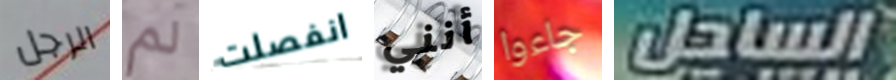
الرجل لم انفصلت أنني جاءوا الساحل